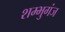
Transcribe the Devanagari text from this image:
शम्भुगंज